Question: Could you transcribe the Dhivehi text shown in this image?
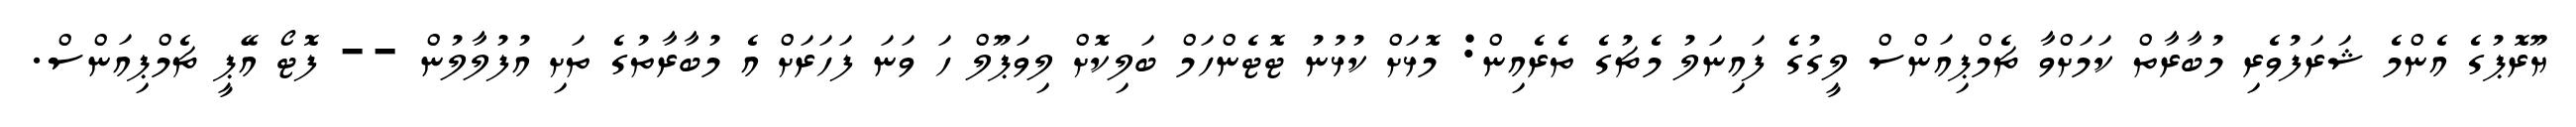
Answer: ޔޫރޮޕުގެ އެންމެ ޝަރަފުވެރި މުބާރާތް ކަމަށްވާ ޗެމްޕިއަންސް ލީގުގެ ފައިނަލު މެޗުގެ ތެރެއިން: މޮޅަށް ކުޅުނު ޓޮޓެންހަމް ބަލިކޮށް ލިވަޕޫލް ހަ ވަނަ ފަހަރަށް އެ މުބާރާތުގެ ތަށި އުފުލާލުން -- ފޮޓޯ އޭޕީ ޗެމްޕިއަންސް.